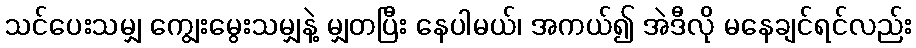
သင်ပေးသမျှ ကျွေးမွေးသမျှနဲ့ မျှတပြီး နေပါမယ်၊ အကယ်၍ အဲဒီလို မနေချင်ရင်လည်း